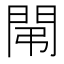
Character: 𨳤